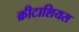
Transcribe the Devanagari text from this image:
क्रीटाशियस